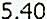
5.40